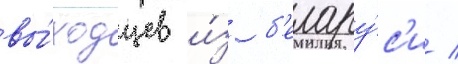
вы́ходцев и́з б'елару́с'и /